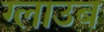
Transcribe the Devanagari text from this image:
ग्लाउब